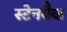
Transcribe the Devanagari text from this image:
स्टेनबैक